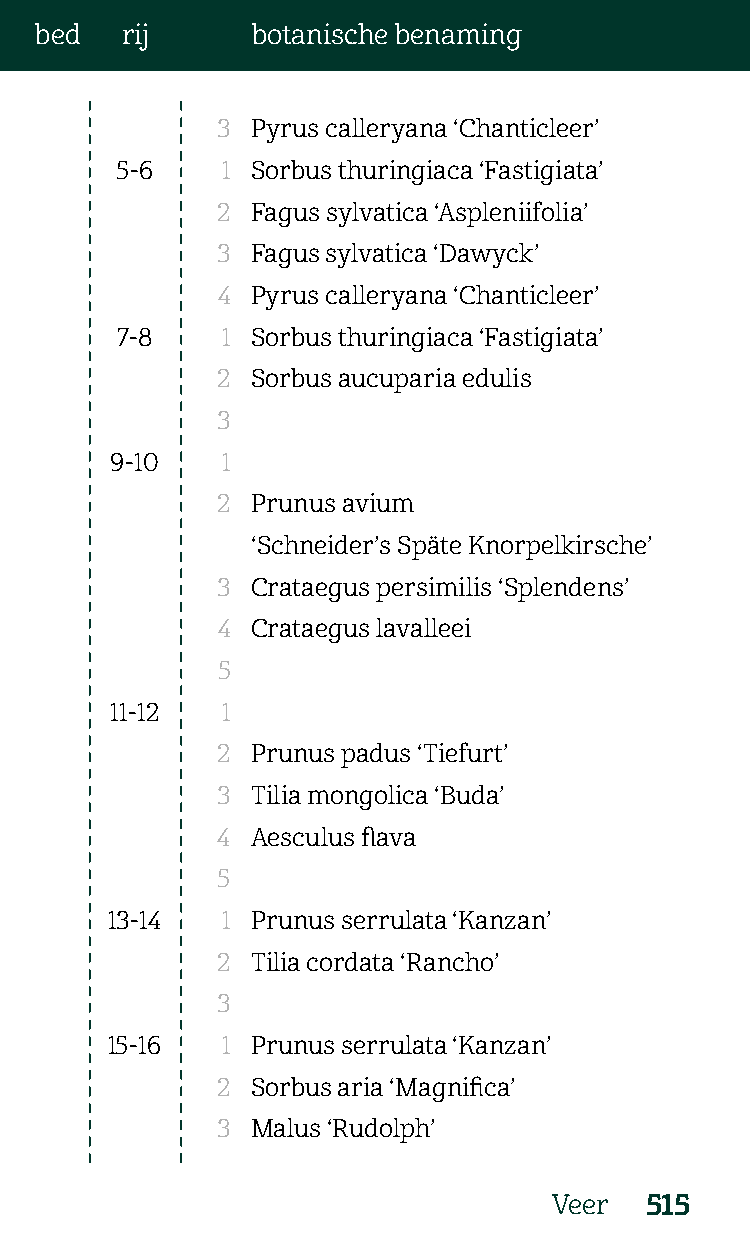
bed   rij      botanische benaming
 3  Pyrus calleryana ‘Chanticleer’
 5-6    1 Sorbus thuringiaca ‘Fastigiata’
 2  Fagus sylvatica ‘Aspleniifolia’
 3  Fagus sylvatica ‘Dawyck’
 4  Pyrus calleryana ‘Chanticleer’
 7-8    1 Sorbus thuringiaca ‘Fastigiata’
 2  Sorbus aucuparia edulis
 3
 9-10    1
 2  Prunus avium
 ‘Schneider’s Späte Knorpelkirsche’
 3  Crataegus persimilis ‘Splendens’
 4  Crataegus lavalleei
 5
 11-12   1
 2  Prunus padus ‘Tiefurt’
 3  Tilia mongolica ‘Buda’
 4  Aesculus flava
 5
 13-14   1 Prunus serrulata ‘Kanzan’
 2  Tilia cordata ‘Rancho’
 3
 15-16   1 Prunus serrulata ‘Kanzan’
 2  Sorbus aria ‘Magnifica’
 3  Malus ‘Rudolph’
 Veer  515